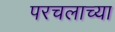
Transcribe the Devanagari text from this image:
परचलाच्या